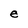
Character: e